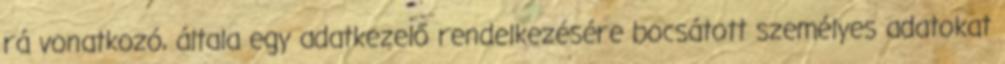
rá vonatkozó, általa egy adatkezelő rendelkezésére bocsátott személyes adatokat